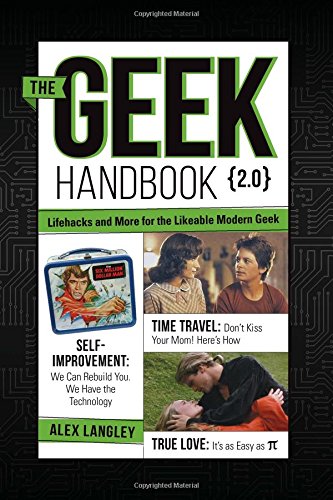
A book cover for The Geek Handbook 2.0: More Practical Skills and Advice for the Likeable Modern Geek; Alex Langley; Humor & Entertainment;